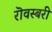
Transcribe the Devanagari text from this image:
रॊवस्बरी